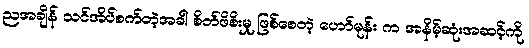
ညအချိန် သင်အိပ်စက်တဲ့အခါ စိတ်ဖိစိးမှု ဖြစ်စေတဲ့ ဟော်မုန်း က အနိမ့်ဆုံးအဆင့်ကို